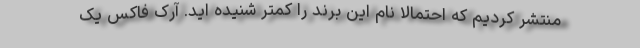
منتشر کردیم که احتمالا نام این برند را کمتر شنیده اید. آرک فاکس یک